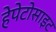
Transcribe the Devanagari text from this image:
हेपेटोसाइट